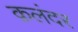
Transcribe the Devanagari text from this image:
क़लंदर